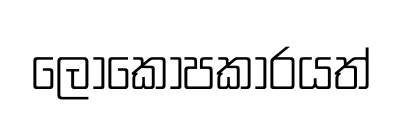
ලෝකෝපකාරයත්